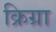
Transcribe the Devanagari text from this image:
क्रिग्रा